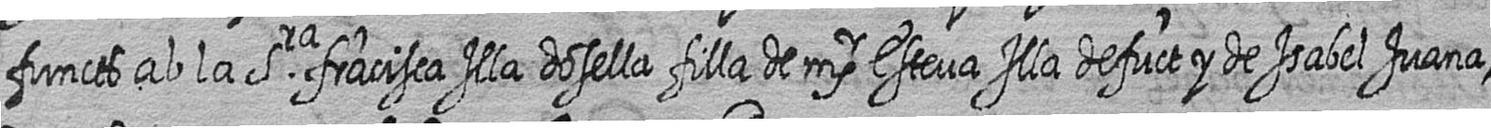
functs ab la Sra fracisca Illa dosella filla de msr Esteva Illa defuct y de Isabel Juana